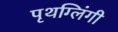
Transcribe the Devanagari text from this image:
पृथग्लिंगी